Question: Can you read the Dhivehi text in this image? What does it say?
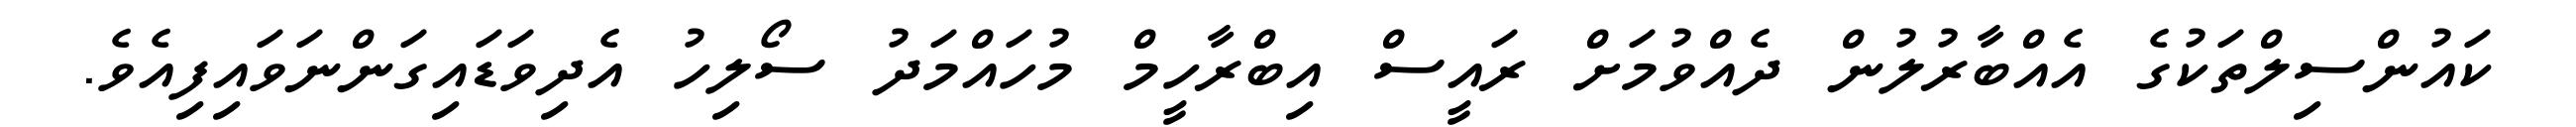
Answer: ކައުންސިލްތަކުގެ އެއްބާރުލުން ދެއްވުމަށް ރައީސް އިބްރާހީމް މުހައްމަދު ސޯލިހު އެދިވަޑައިގަންނަވައިފިއެވެ.